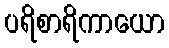
ပရိစာရိကာယော